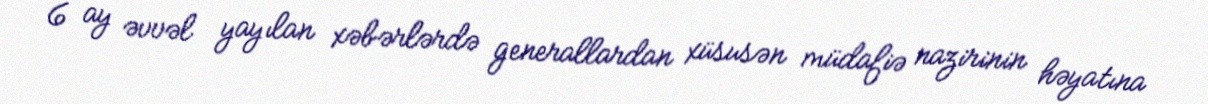
6 ay əvvəl yayılan xəbərlərdə generallardan xüsusən müdafiə nazirinin həyatına